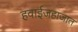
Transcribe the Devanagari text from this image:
हवाईजहाजात